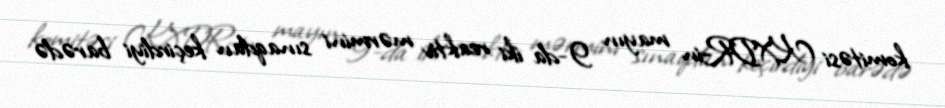
komitəsi KXDR-in mayın 9-da iki reaktiv mərmini sınaqdan keçirdiyi barədə